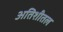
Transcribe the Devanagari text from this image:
अतिशीतल